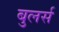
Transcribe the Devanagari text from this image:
बुलर्स